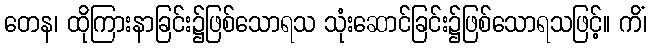
တေန၊ ထိုကြားနာခြင်း၌ဖြစ်သောရသ သုံးဆောင်ခြင်း၌ဖြစ်သောရသဖြင့်။ ကိံ၊